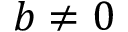
b \neq 0